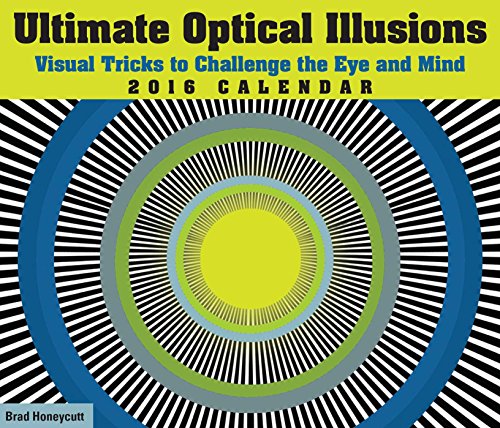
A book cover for Ultimate Optical Illusions 2016 Day-to-Day Calendar; Brad Honeycutt; Calendars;